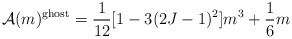
\begin{align*}{\cal A}(m)^{\rm ghost}=\frac{1}{12}[1-3(2J-1)^2]m^3+\frac{1}{6}m\end{align*}